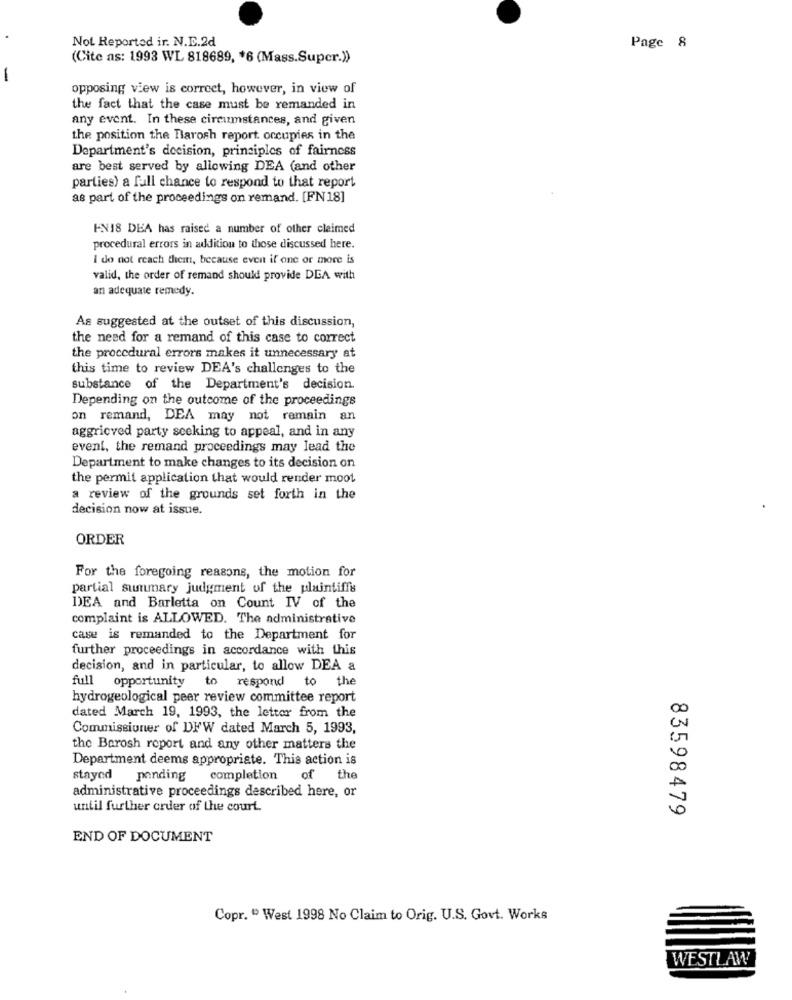
Not Reported ir. N.E.2d
Page 8
(Cite as: 1993 WL 818689, * 6 (Mass.Super.))
-
opposing view is correct, however, in view of
the fact that the case must be remanded in
any event. In these circumstances, and given
the position the Barosh report occupies in the
Department's decision, principles of fairness
are best served by allowing DEA (and other
parties) a full chance to respond to that report
as part of the proceedings on remand. [FN 18]
EN18 DEA has raised a number of other claimed
procedural errors in addition to those discussed here.
I do not reach them, because event if one or more is
valid, the order of remand should provide DEA with
an adequate remedy.
As suggested at the outset of this discussion,
the need for a remand of this case to correct
the procedural errors makes it unnecessary at
this time to review DEA's challenges to the
substance of the Department's decision.
Depending on the outcome of the proceedings
on remand, DEA may not remain an
aggrieved party seeking to appeal, and in any
event, the remand proceedings may lead the
Department to make changes to its decision on
the permit application that would render moot
a review of the grounds set forth in the
decision now at issue.
ORDER
For the foregoing reasons, the motion for
partial summary judgment of the plaintiff's
DEA and Barletta on Count IV of the
complaint is ALLOWED. The administrative
case is remanded to the Department for
further proceedings in accordance with this
decision, and in particular, to allow DEA a
full opportunity to respond to the
hydrogeological peer review committee report
dated March 19, 1993, the letter from the
Commissioner of DFW dated March 5, 1993,
the Borosh report and any other matters the
Department deems appropriate. This action is
stayed
ponding
completion
of
the
administrative proceedings described here, or
until further order of the court
83598479
END OF DOCUMENT
Copr. " West 1998 No Claim to Orig. U.S. Govt. Works
WESTLAW